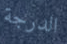
الدرجة